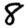
Digit: 8